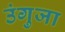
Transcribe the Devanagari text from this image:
उंगुजा